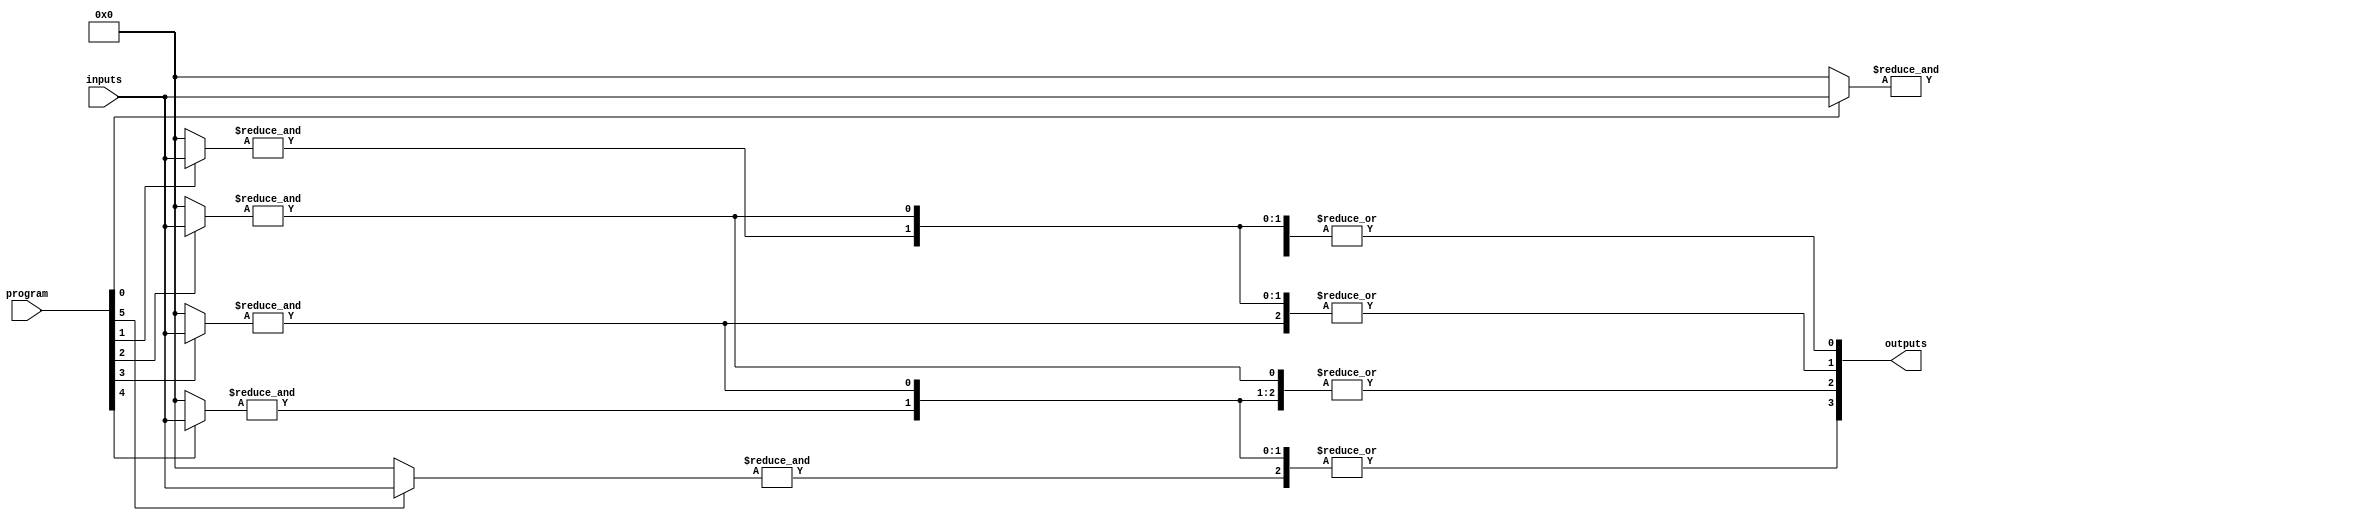
module HS_PAL (
    input wire [N-1:0] inputs,      // N input signals
    input wire [M-1:0] program,      // M programming signals to configure AND gates
    output wire [P-1:0] outputs      // P output signals
);

// Parameters
parameter N = 8; // Number of input signals
parameter M = 16; // Number of product terms in AND array
parameter P = 4; // Number of outputs

// Internal signals
wire [M-1:0] and_outputs; // Outputs from the programmable AND array

// Programmable AND Array
genvar i, j;
generate
    for (i = 0; i < M; i = i + 1) begin : and_array
        wire [N-1:0] and_inputs;
        assign and_inputs = program[i] ? inputs : {N{1'b0}}; // Connect inputs based on programming
        assign and_outputs[i] = &and_inputs; // AND operation
    end
endgenerate

// Fixed OR Array
generate
    for (j = 0; j < P; j = j + 1) begin : or_array
        wire [M-1:0] or_inputs;
        assign or_inputs = {and_outputs[j], and_outputs[j+1], and_outputs[j+2]}; // Example grouping
        assign outputs[j] = |or_inputs; // OR operation
    end
endgenerate

endmodule